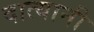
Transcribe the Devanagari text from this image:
दात्यानी